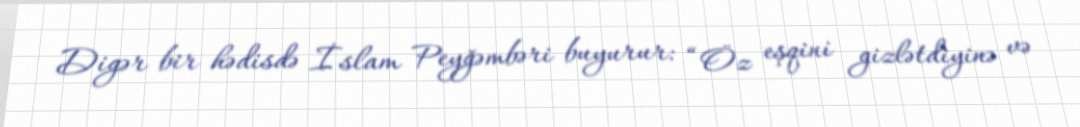
Digər bir hədisdə İslam Peyğəmbəri buyurur: “Öz eşqini gizlətdiyinə və